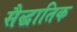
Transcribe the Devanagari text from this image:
सैद्धातिक